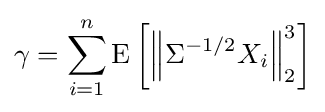
\gamma =\sum _{i=1}^{n}\operatorname {E} \left[\left\|\Sigma ^{-1/2}X_{i}\right\|_{2}^{3}\right]